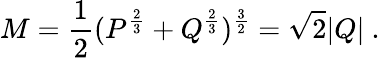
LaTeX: M={\frac{1}{2}}(P^{\frac{2}{3}}+Q^{\frac{2}{3}})^{\frac{3}{2}}=\sqrt 2|Q|\ .